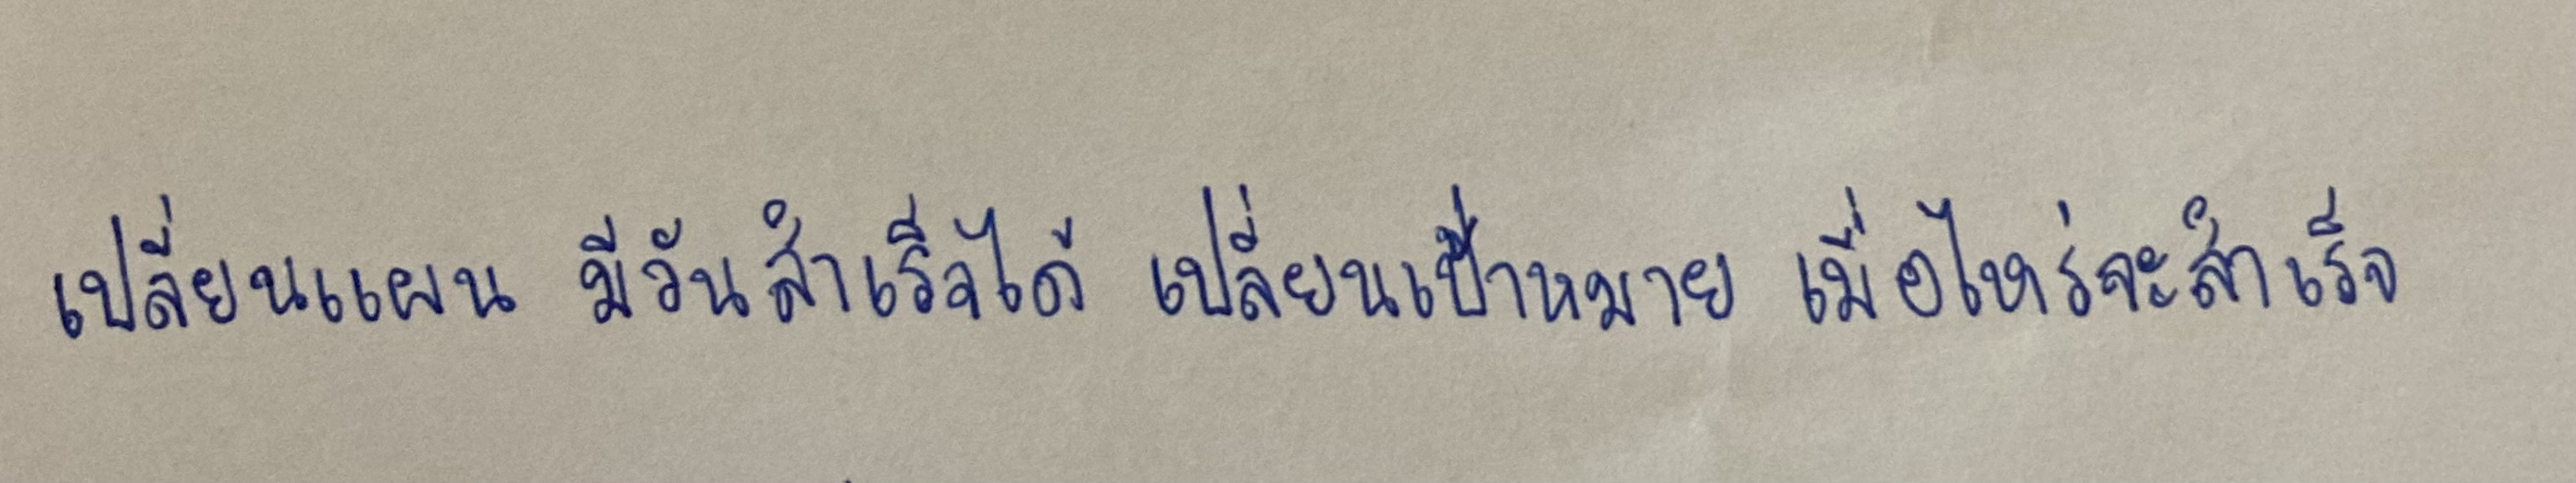
เปลี่ยนแผน มีวันสําเร็จได้ เปลี่ยนเป้าหมาย เมื่อไหร่จะสําเร็จ